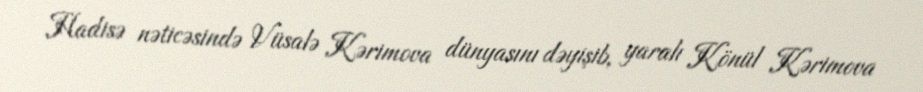
Hadisə nəticəsində Vüsalə Kərimova dünyasını dəyişib, yaralı Könül Kərimova